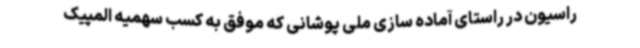
راسیون در راستای آماده سازی ملی پوشانی که موفق به کسب سهمیه المپیک